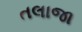
તલાજા